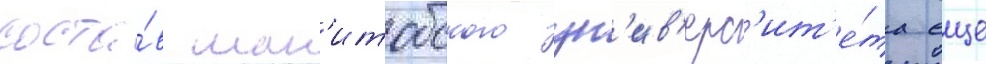
соста́в ман'итобского ун'ив'ерс'ит'е́та еще